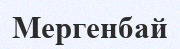
Мергенбай